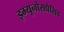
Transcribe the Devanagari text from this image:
इम्यूनोसप्रेसिव